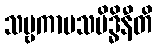
သဗ္ဗကာမသမိဒ္ဓိနီတိ